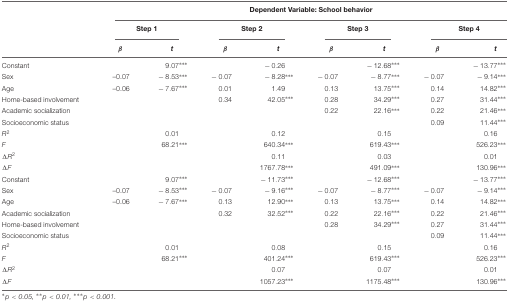
<table><thead><tr><td></td><td colspan="8"><b>Dependent Variable: School behavior</b></td></tr><tr><td></td><td colspan="2"><b>Step 1</b></td><td colspan="2"><b>Step 2</b></td><td colspan="2"><b>Step 3</b></td><td colspan="2"><b>Step 4</b></td></tr><tr><td></td><td><b><i>β</i></b></td><td><b><i>t</i></b></td><td><b><i>β</i></b></td><td><b><i>t</i></b></td><td><b><i>β</i></b></td><td><b><i>t</i></b></td><td><b><i>β</i></b></td><td><b><i>t</i></b></td></tr></thead><tbody><tr><td>Constant</td><td></td><td>9.07***</td><td></td><td>-0.26</td><td></td><td>-12.68***</td><td></td><td>-13.77***</td></tr><tr><td>Sex</td><td>–0.07</td><td>-8.53***</td><td>-0.07</td><td>-8.28***</td><td>-0.07</td><td>-8.77***</td><td>-0.07</td><td>-9.14***</td></tr><tr><td>Age</td><td>–0.06</td><td>-7.67***</td><td>0.01</td><td>1.49</td><td>0.13</td><td>13.75***</td><td>0.14</td><td>14.82***</td></tr><tr><td>Home-based involvement</td><td></td><td></td><td>0.34</td><td>42.05***</td><td>0.28</td><td>34.29***</td><td>0.27</td><td>31.44***</td></tr><tr><td>Academic socialization</td><td></td><td></td><td></td><td></td><td>0.22</td><td>22.16***</td><td>0.22</td><td>21.46***</td></tr><tr><td>Socioeconomic status</td><td></td><td></td><td></td><td></td><td></td><td></td><td>0.09</td><td>11.44***</td></tr><tr><td><i>R<sup>2</sup></i></td><td></td><td>0.01</td><td></td><td>0.12</td><td></td><td>0.15</td><td></td><td>0.16</td></tr><tr><td><i>F</i></td><td></td><td>68.21***</td><td></td><td>640.34***</td><td></td><td>619.43***</td><td></td><td>526.23***</td></tr><tr><td>Δ<i>R</i><sup>2</sup></td><td></td><td></td><td></td><td>0.11</td><td></td><td>0.03</td><td></td><td>0.01</td></tr><tr><td>Δ<i>F</i></td><td></td><td></td><td></td><td>1767.78 ***</td><td></td><td>491.09***</td><td></td><td>130.96***</td></tr><tr><td>Constant</td><td></td><td>9.07***</td><td></td><td>-11.73***</td><td></td><td>-12.68***</td><td></td><td>-13.77***</td></tr><tr><td>Sex</td><td>–0.07</td><td>-8.53***</td><td>-0.07</td><td>-9.16***</td><td>-0.07</td><td>-8.77***</td><td>-0.07</td><td>-9.14***</td></tr><tr><td>Age</td><td>–0.06</td><td>-7.67***</td><td>0.13</td><td>12.90***</td><td>0.13</td><td>13.75***</td><td>0.14</td><td>14.82***</td></tr><tr><td>Academic socialization</td><td></td><td></td><td>0.32</td><td>32.52***</td><td>0.22</td><td>22.16***</td><td>0.22</td><td>21.46***</td></tr><tr><td>Home-based involvement</td><td></td><td></td><td></td><td></td><td>0.28</td><td>34.29***</td><td>0.27</td><td>31.44***</td></tr><tr><td>Socioeconomic status</td><td></td><td></td><td></td><td></td><td></td><td></td><td>0.09</td><td>11.44***</td></tr><tr><td><i>R<sup>2</sup></i></td><td></td><td>0.01</td><td></td><td>0.08</td><td></td><td>0.15</td><td></td><td>0.16</td></tr><tr><td><i>F</i></td><td></td><td>68.21***</td><td></td><td>401.24***</td><td></td><td>619.43***</td><td></td><td>526.23***</td></tr><tr><td>Δ<i>R<sup>2</sup></i></td><td></td><td></td><td></td><td>0.07</td><td></td><td>0.07</td><td></td><td>0.01</td></tr><tr><td>Δ<i>F</i></td><td></td><td></td><td></td><td>1057.23 ***</td><td></td><td>1175.48 ***</td><td></td><td>130.96***</td></tr></tbody></table>